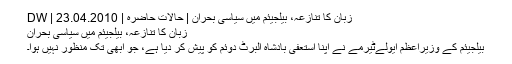
زبان کا تنازعہ، بیلجیئم میں سیاسی بحران | حالات حاضرہ | DW | 23.04.2010
زبان کا تنازعہ، بیلجیئم میں سیاسی بحران
بیلجیئم کے وزیراعظم ایولےٹیرمے نے اپنا استعفی بادشاہ البرٹ دوئم کو پیش کر دیا ہے، جو ابھی تک منظور نہیں ہوا۔